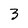
Character: 3